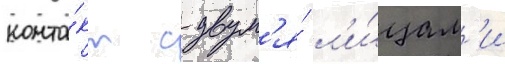
конта́кт с двум'я́ л'и́цам'и